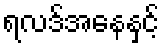
ရလဒ်အနေနှင့်